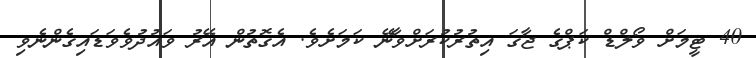
40 ޓީމަށް ވޯލްޑް ކަޕްގެ ޖާގަ އިތުރުކުރަށްވާނޭ ކަމަށެވެ. އެގޮތުން އޭރު ވައުދުވެވަޑައިގެންނެވި